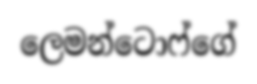
ලෙමන්ටොෆ්ගේ